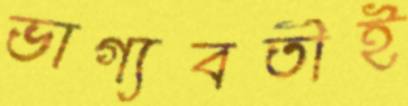
ভাগ্যবতীই